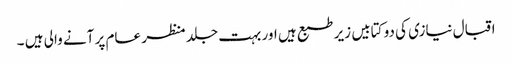
اقبال نیازی کی دو کتابیں زیر طبع ہیں اور بہت جلد منظر عام پر آنے والی ہیں ۔